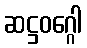
ဆဋ္ဌဝဂ္ဂေါ